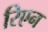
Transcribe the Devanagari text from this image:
रिएन